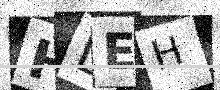
Text: HDEH